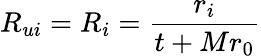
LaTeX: R_{ui}=R_{i}=\frac{r_{i}}{t+Mr_{0}}